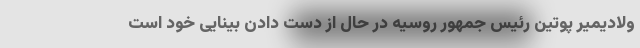
ولادیمیر پوتین رئیس جمهور روسیه در حال از دست دادن بینایی خود است